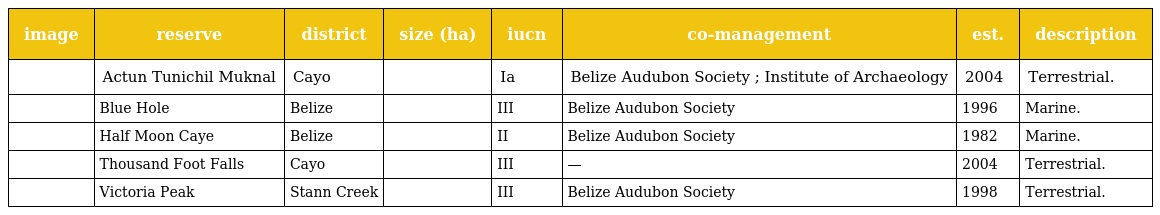
| image | reserve | district | size (ha) | iucn | co-management | est. | description |
 | --- | --- | --- | --- | --- | --- | --- | --- |
 |  | Actun Tunichil Muknal | Cayo |  | Ia | Belize Audubon Society ; Institute of Archaeology | 2004 | Terrestrial. |
 |  | Blue Hole | Belize |  | III | Belize Audubon Society | 1996 | Marine. |
 |  | Half Moon Caye | Belize |  | II | Belize Audubon Society | 1982 | Marine. |
 |  | Thousand Foot Falls | Cayo |  | III | — | 2004 | Terrestrial. |
 |  | Victoria Peak | Stann Creek |  | III | Belize Audubon Society | 1998 | Terrestrial. |